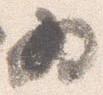
為